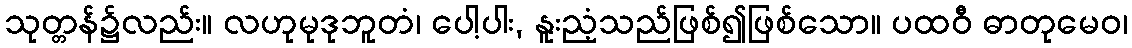
သုတ္တန်၌လည်း။ လဟုမုဒုဘူတံ၊ ပေါ့ပါး, နူးညံ့သည်ဖြစ်၍ဖြစ်သော။ ပထဝီ ဓာတုမေဝ၊